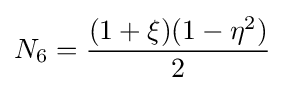
N_{6}={\frac {(1+\xi )(1-\eta ^{2})}{2}}